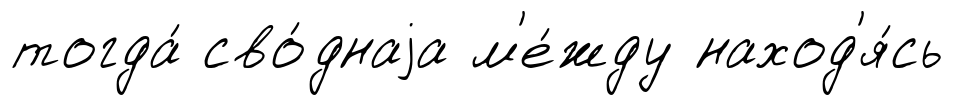
тогда́ сво́днаjа м'е́жду наход'я́сь